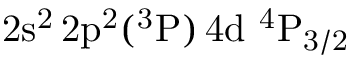
\mathrm { 2 s ^ { 2 } \, 2 p ^ { 2 } ( ^ { 3 } P ) \, 4 d ~ ^ { 4 } P _ { 3 / 2 } }